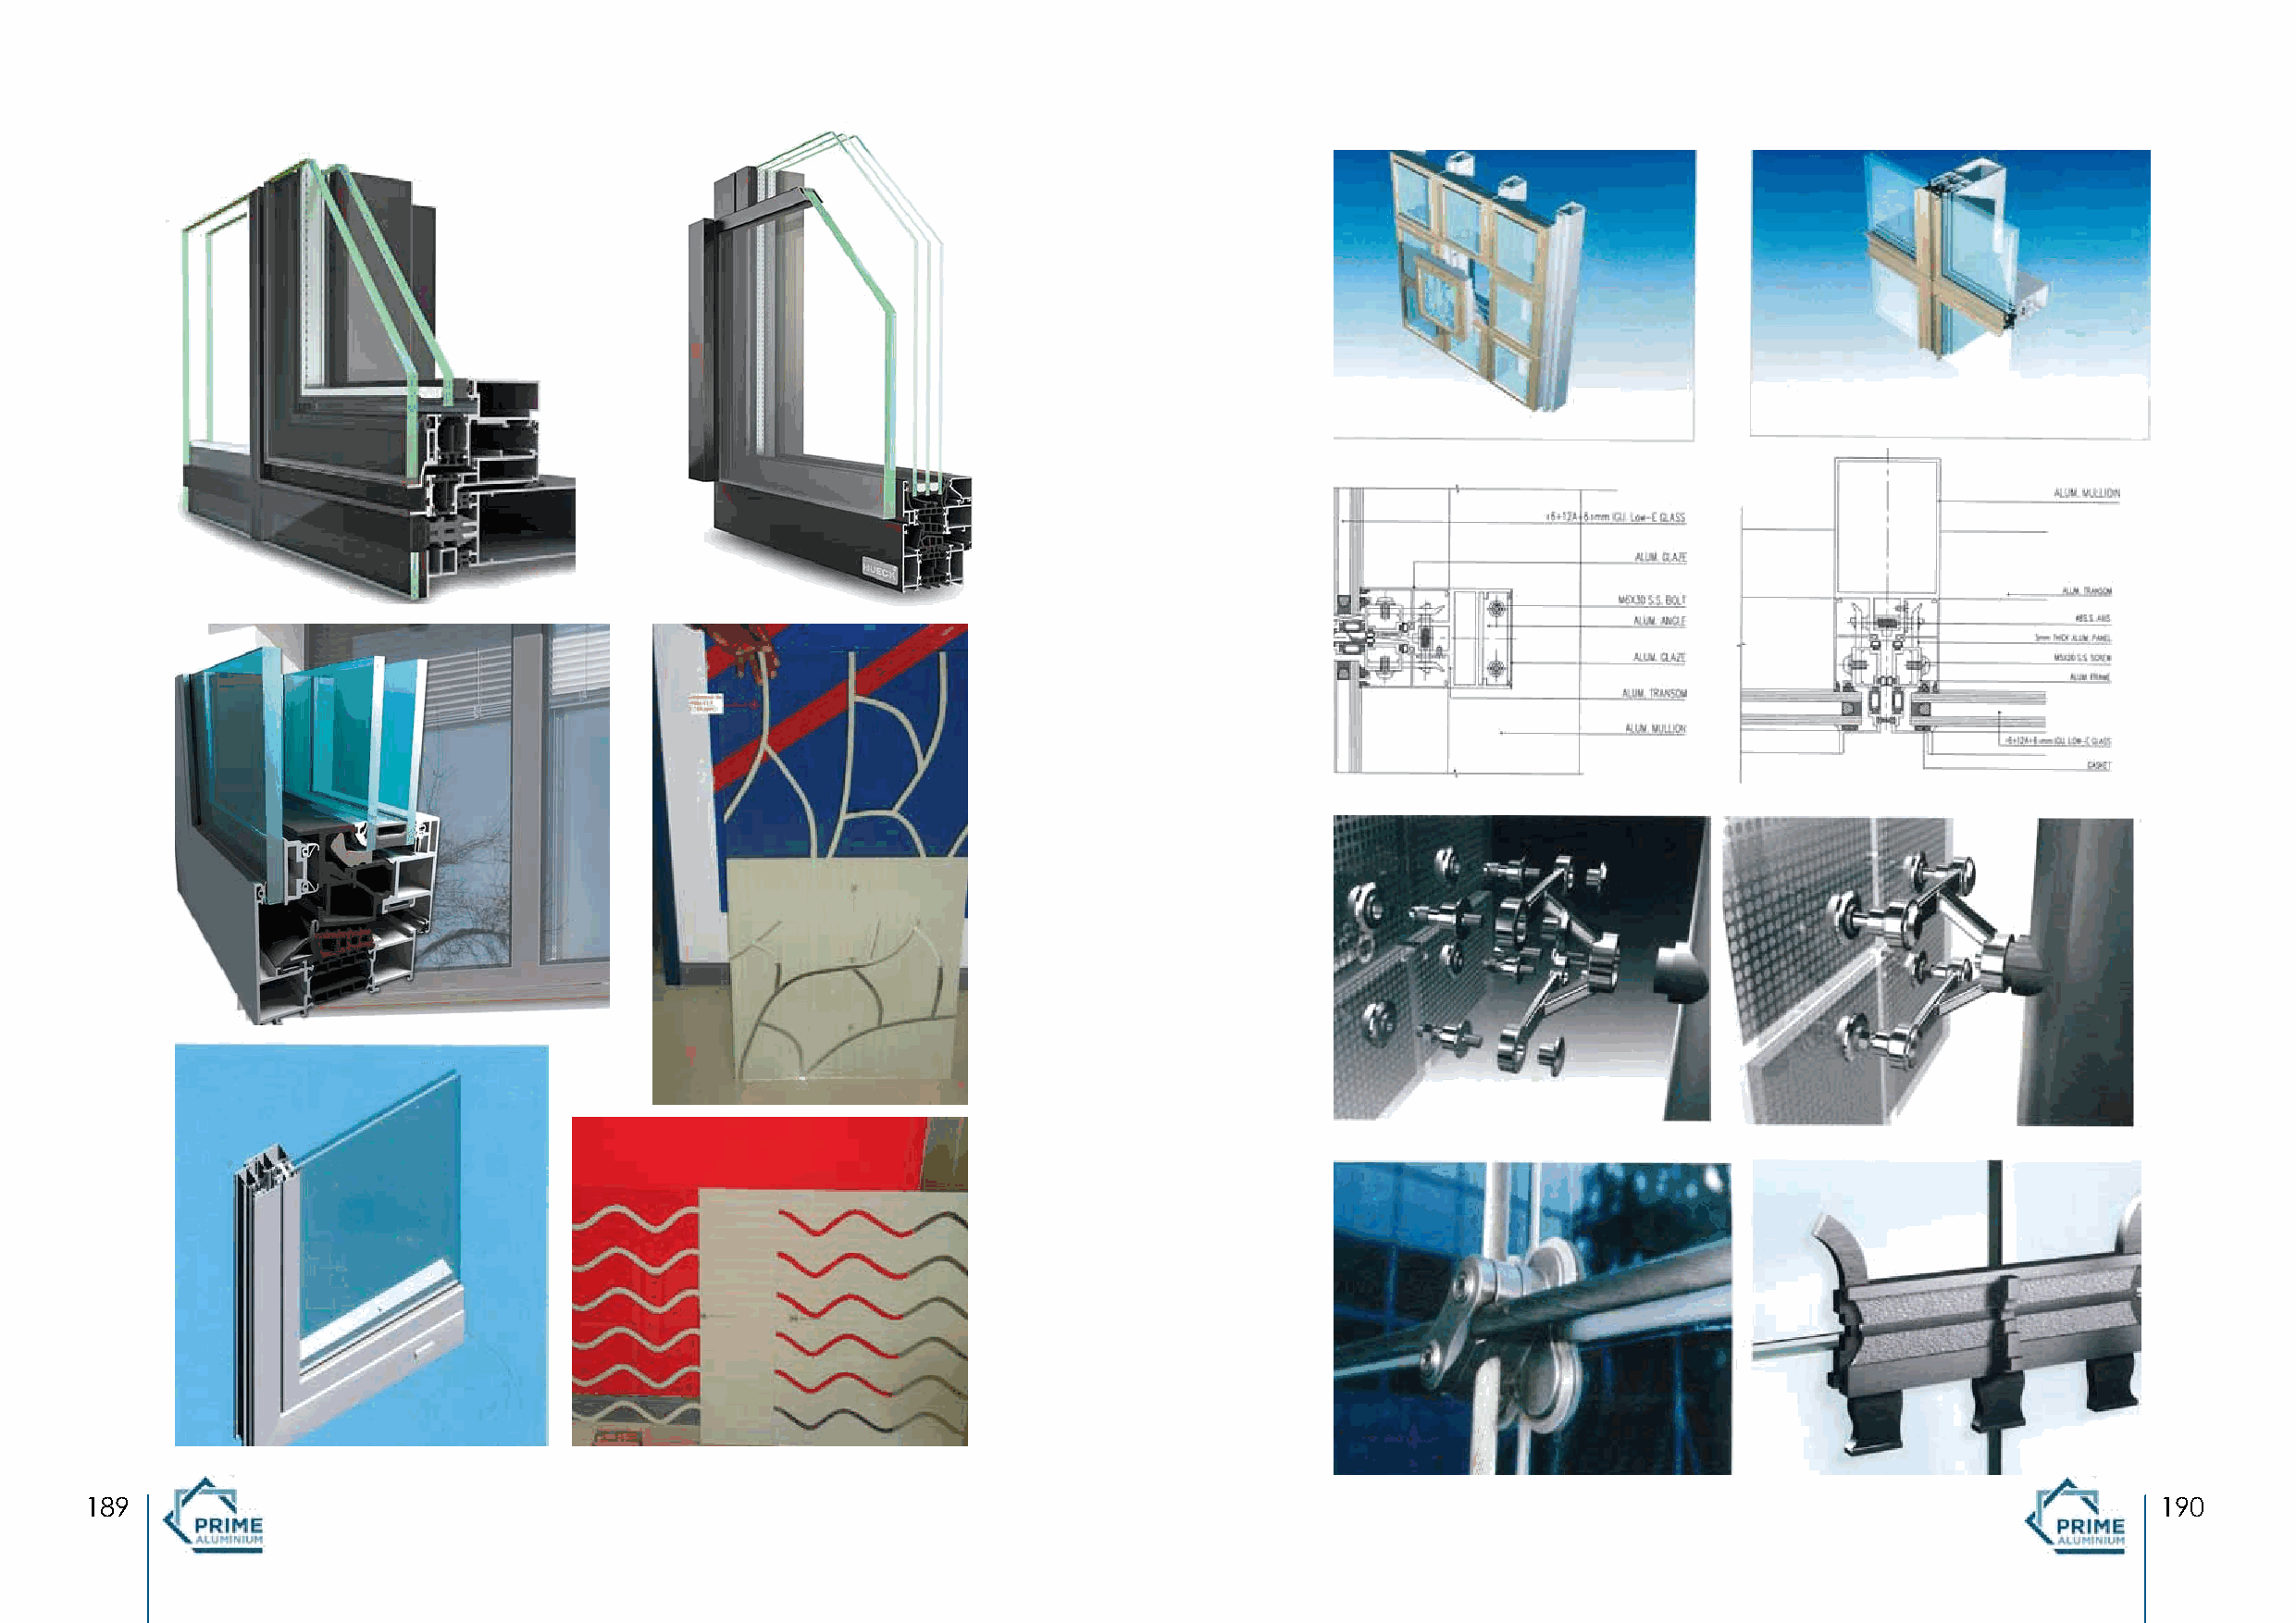
189                                                                                                                                                 190